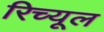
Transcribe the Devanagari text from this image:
रिच्यूल